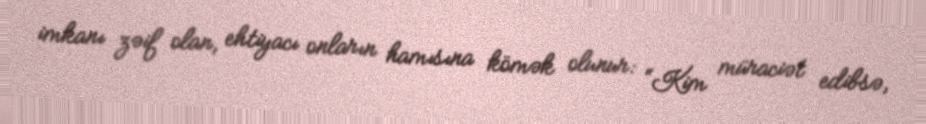
imkanı zəif olan, ehtiyacı onların hamısına kömək olunur: “Kim müraciət edibsə,